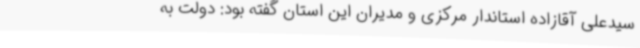
سیدعلی آقازاده استاندار مرکزی و مدیران این استان گفته بود: دولت به